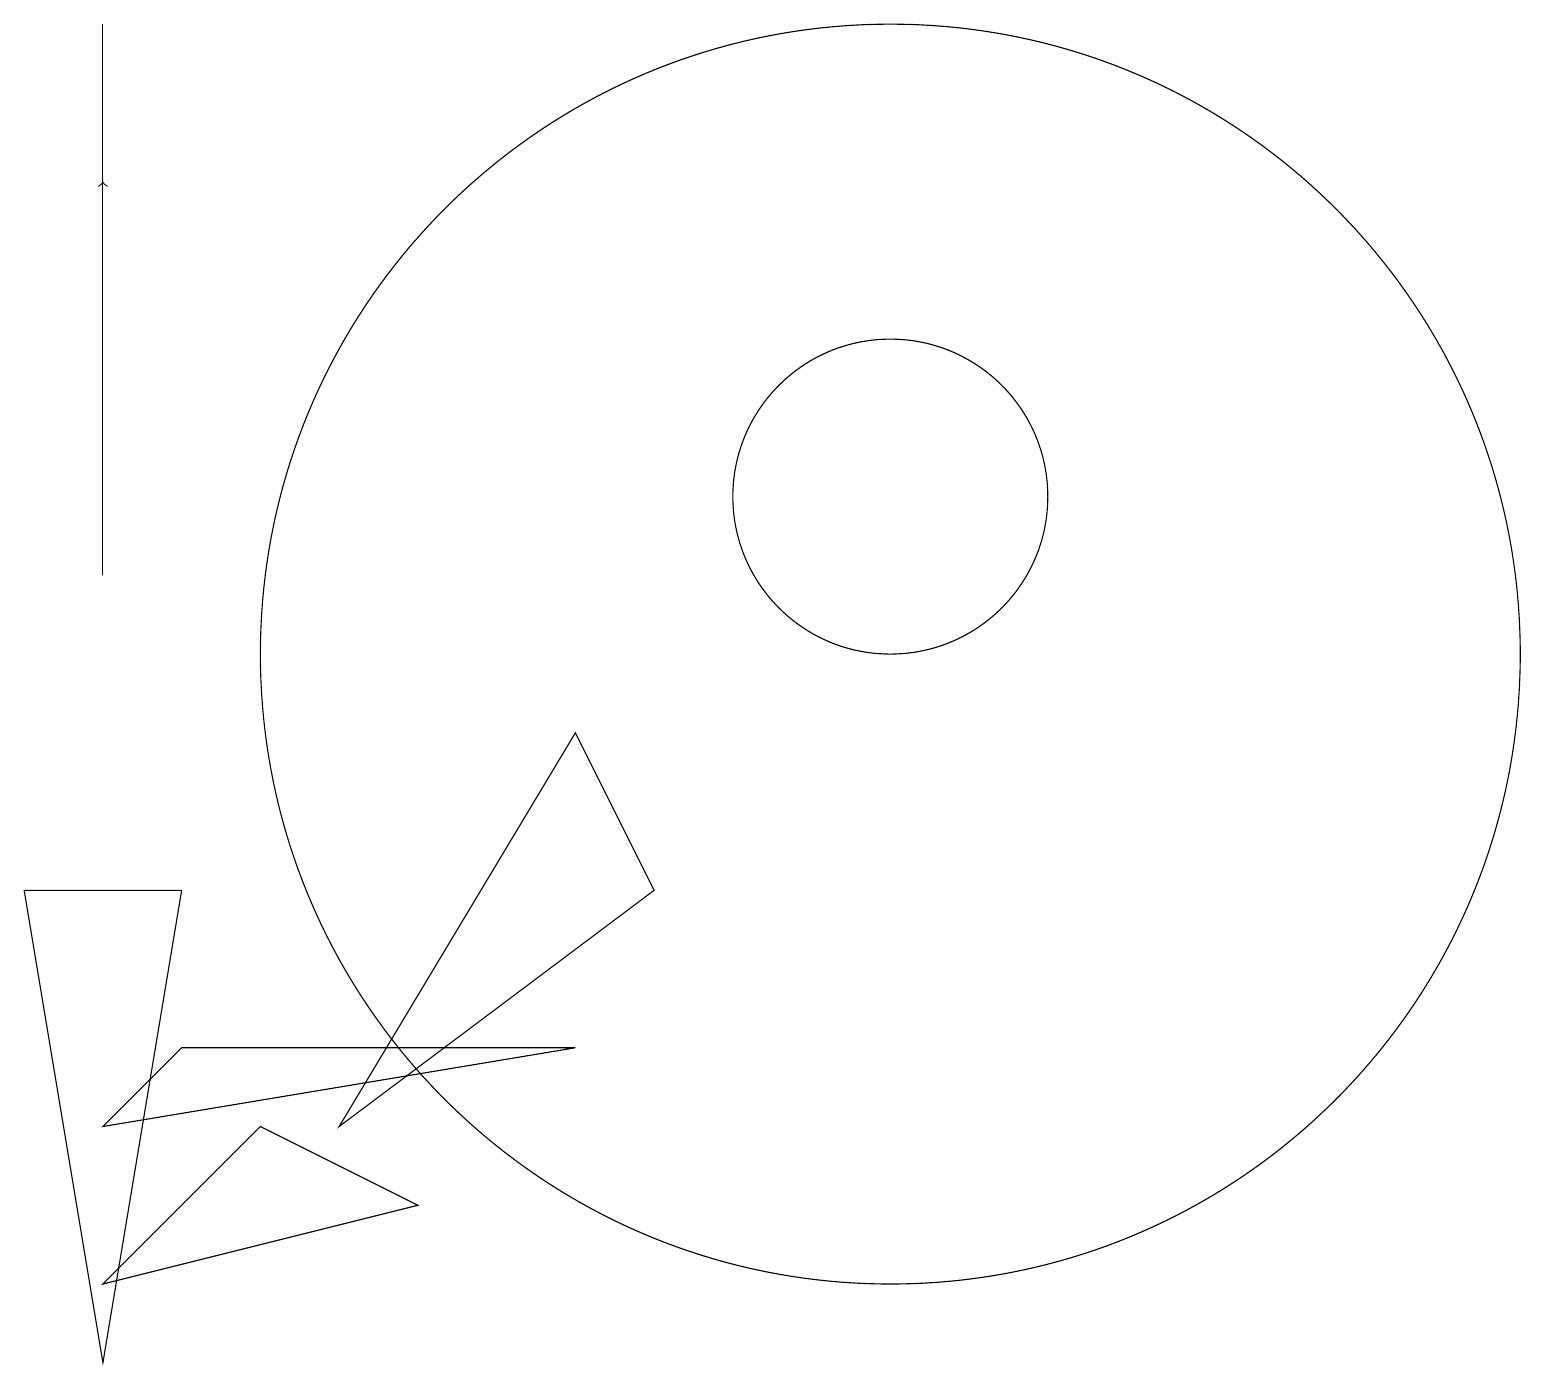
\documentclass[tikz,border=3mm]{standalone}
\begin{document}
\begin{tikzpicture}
\draw (1,11) rectangle (1,18);
\draw (7,5) -- (2,5) -- (1,4) -- cycle;
\draw (11,10) circle (8);
\draw[->] (1,15) -- (1,16);
\draw (4,4) -- (7,9) -- (8,7) -- cycle;
\draw (11,12) circle (2);
\draw (0,7) -- (1,1) -- (2,7) -- cycle;
\draw (3,4) -- (5,3) -- (1,2) -- cycle;
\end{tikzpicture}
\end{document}